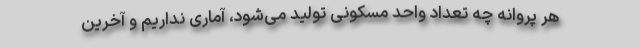
هر پروانه چه تعداد واحد مسکونی تولید می‌شود، آماری نداریم و آخرین